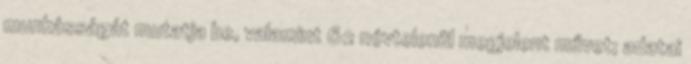
munkásságát mutatja be, valamint 62 névtelenül megjelent művet; adatai